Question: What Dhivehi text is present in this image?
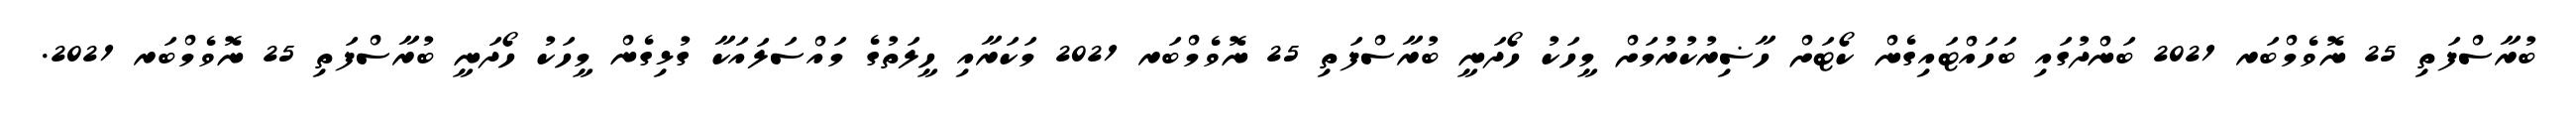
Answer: ބުރާސްފަތި 25 ނޮވެމްބަރ 2021 ބަންދުގައި ބަހައްޓައިގެން ކޯޓަށް ހާޟިރުކުރުމަށް މީހަކު ހޯދަނީ ބުރާސްފަތި 25 ނޮވެމްބަރ 2021 މަކަރާއި ހީލަތުގެ މައްސަލައަކާ ގުޅިގެން މީހަކު ހޯދަނީ ބުރާސްފަތި 25 ނޮވެމްބަރ 2021.